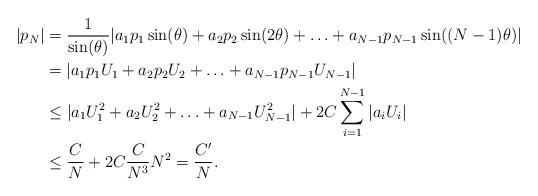
LaTeX: \begin{align*}|p_N|&= \frac{1}{\sin(\theta)}|a_1p_1\sin(\theta)+a_2p_2\sin(2\theta)+\ldots+a_{N-1}p_{N-1}\sin((N-1)\theta)|\\&=|a_1p_1U_1+a_2p_2U_2+\ldots+a_{N-1}p_{N-1}U_{N-1}|\\&\leq|a_1U_1^2+a_2U_2^2+\ldots+a_{N-1}U_{N-1}^2| + 2C\sum_{i=1}^{N-1}|a_iU_i|\\&\leq\frac{C}{N} + 2C\frac{C}{N^3}N^2 = \frac{C'}{N}.\end{align*}